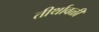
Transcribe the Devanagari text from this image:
तीर्थावळी